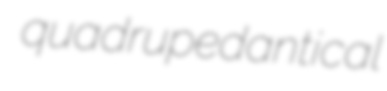
quadrupedantical